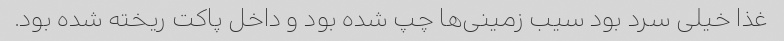
غذا خیلی سرد بود سیب زمینی‌ها چپ شده بود و داخل پاکت ریخته شده بود.